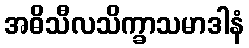
အဓိသီလသိက္ခာသမာဒါနံ